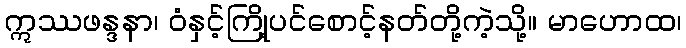
ဣဿဖန္ဒနာ၊ ဝံနှင့်ကြို့ပင်စောင့်နတ်တို့ကဲ့သို့။ မာဟောထ၊